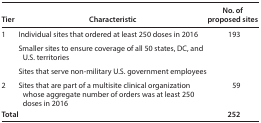
| Tier | Characteristic | No. of proposed sites |
 | --- | --- | --- |
 | <ROWSPAN=3> 1 | Individual sites that ordered at least 250 doses in 2016 | <ROWSPAN=3> 193 |
 | Smaller sites to ensure coverage of all 50 states, DC, and U.S. territories |
 | Sites that serve non-military U.S. government employees |
 | 2 | Sites that are part of a multisite clinical organization whose aggregate number of orders was at least 250 doses in 2016 | 59 |
 | <COLSPAN=2> Total | 252 |